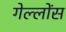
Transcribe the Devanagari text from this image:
गेल्लोंस